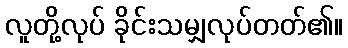
လူတို့လုပ် ခိုင်းသမျှလုပ်တတ်၏။